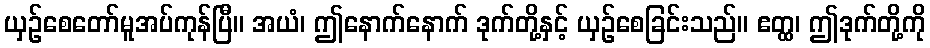
ယှဉ်စေတော်မူအပ်ကုန်ပြီ။ အယံ၊ ဤနောက်နောက် ဒုက်တို့နှင့် ယှဉ်စေခြင်းသည်။ ဧတ္ထ၊ ဤဒုက်တို့ကို